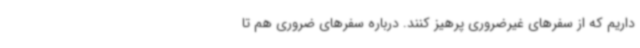
داریم که از سفرهای غیرضروری پرهیز کنند. درباره سفرهای ضروری هم تا